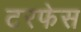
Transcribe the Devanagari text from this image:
टरफेस